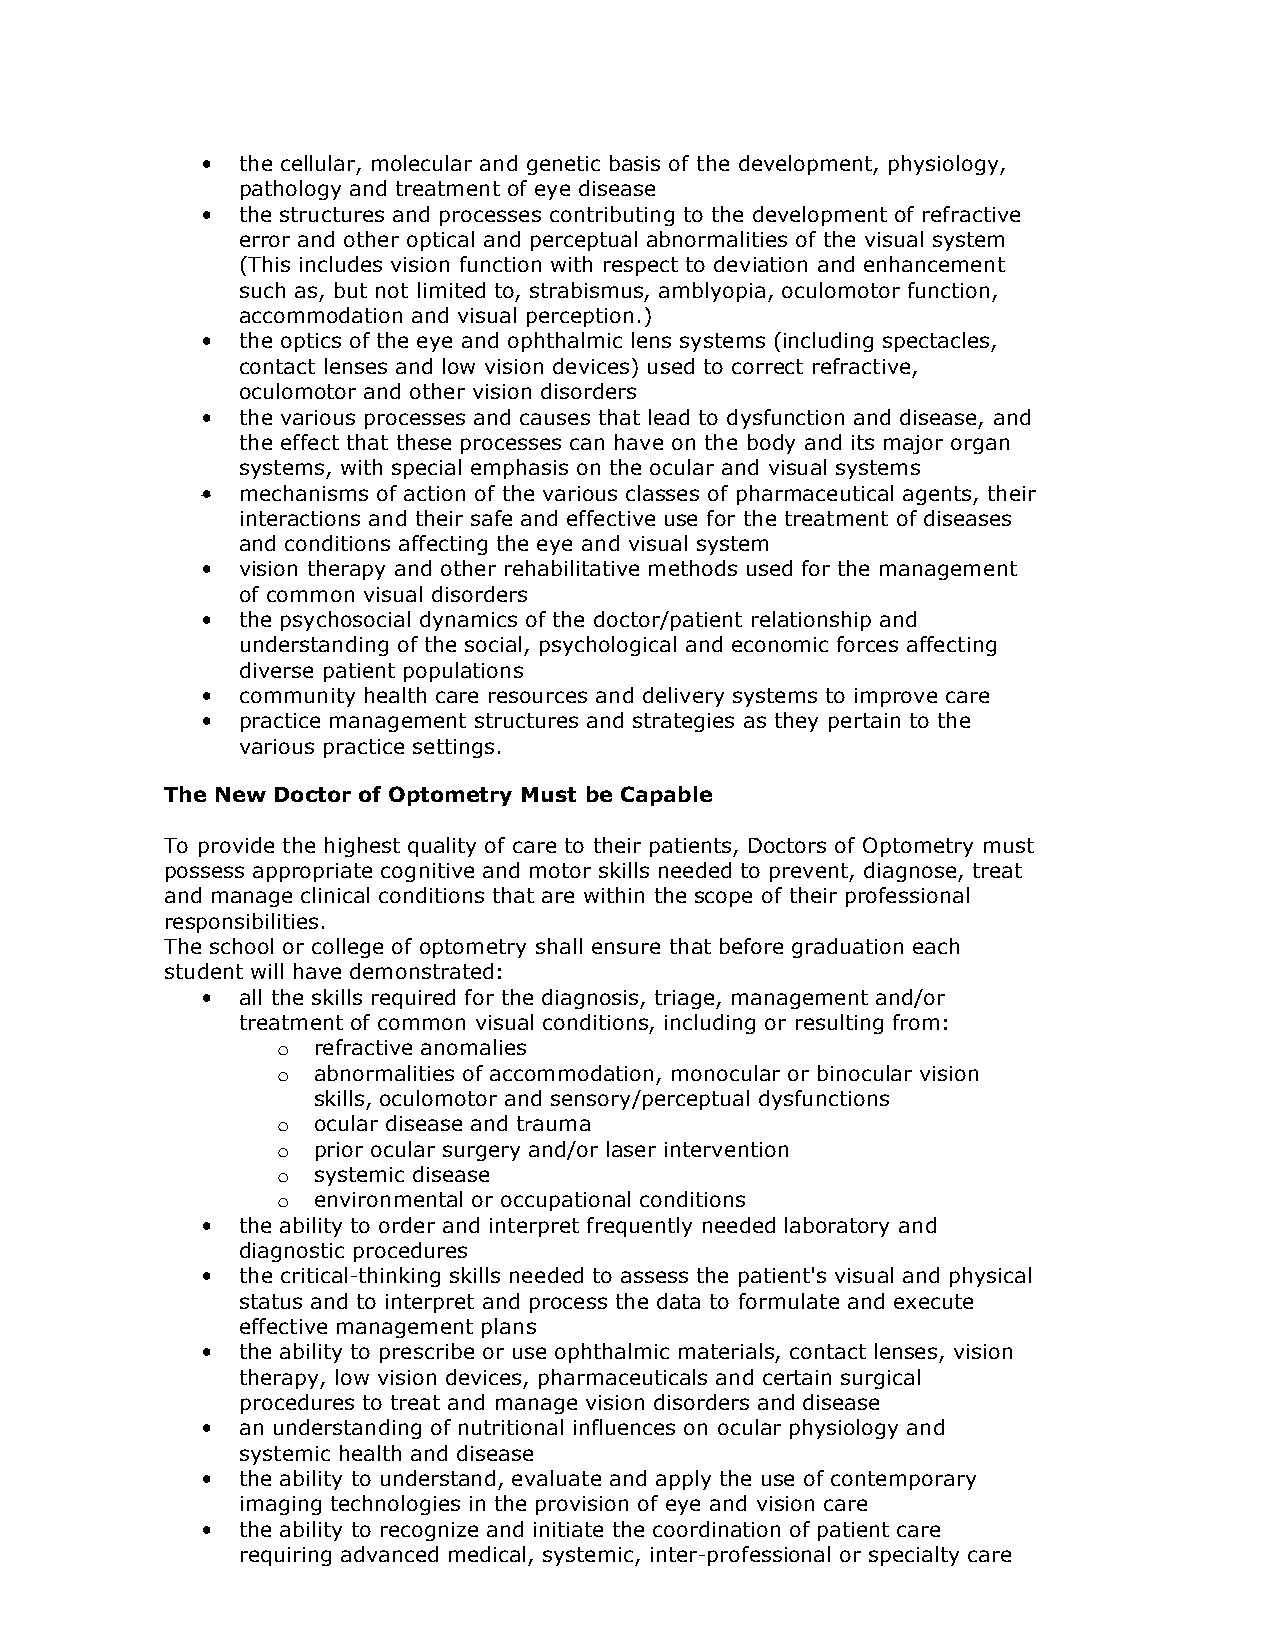
•  the cellular, molecular and genetic basis of the development, physiology,
 pathology and treatment of eye disease
 •  the structures and processes contributing to the development of refractive
 error and other optical and perceptual abnormalities of the visual system
 (This includes vision function with respect to deviation and enhancement
 such as, but not limited to, strabismus, amblyopia, oculomotor function,
 accommodation and visual perception.)
 •  the optics of the eye and ophthalmic lens systems (including spectacles,
 contact lenses and low vision devices) used to correct refractive,
 oculomotor and other vision disorders
 •  the various processes and causes that lead to dysfunction and disease, and
 the effect that these processes can have on the body and its major organ
 systems, with special emphasis on the ocular and visual systems
 •  mechanisms of action of the various classes of pharmaceutical agents, their
 interactions and their safe and effective use for the treatment of diseases
 and conditions affecting the eye and visual system
 •  vision therapy and other rehabilitative methods used for the management
 of common visual disorders
 •  the psychosocial dynamics of the doctor/patient relationship and
 understanding of the social, psychological and economic forces affecting
 diverse patient populations
 •  community health care resources and delivery systems to improve care
 •  practice management structures and strategies as they pertain to the
 various practice settings.
 The New Doctor of Optometry Must be Capable
 To provide the highest quality of care to their patients, Doctors of Optometry must
 possess appropriate cognitive and motor skills needed to prevent, diagnose, treat
 and manage clinical conditions that are within the scope of their professional
 responsibilities.
 The school or college of optometry shall ensure that before graduation each
 student will have demonstrated:
 •  all the skills required for the diagnosis, triage, management and/or
 treatment of common visual conditions, including or resulting from:
 o  refractive anomalies
 o  abnormalities of accommodation, monocular or binocular vision
 skills, oculomotor and sensory/perceptual dysfunctions
 o  ocular disease and trauma
 o  prior ocular surgery and/or laser intervention
 o  systemic disease
 o  environmental or occupational conditions
 •  the ability to order and interpret frequently needed laboratory and
 diagnostic procedures
 •  the critical-thinking skills needed to assess the patient's visual and physical
 status and to interpret and process the data to formulate and execute
 effective management plans
 •  the ability to prescribe or use ophthalmic materials, contact lenses, vision
 therapy, low vision devices, pharmaceuticals and certain surgical
 procedures to treat and manage vision disorders and disease
 •  an understanding of nutritional influences on ocular physiology and
 systemic health and disease
 •  the ability to understand, evaluate and apply the use of contemporary
 imaging technologies in the provision of eye and vision care
 •  the ability to recognize and initiate the coordination of patient care
 requiring advanced medical, systemic, inter-professional or specialty care